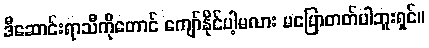
ဒီဆောင်းရာသီကိုတောင် ကျော်နိုင်ပါ့မလား မပြောတတ်ပါဘူးရှင်။